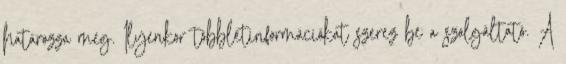
határozza meg. Ilyenkor többletinformációkat szerez be a szolgáltató. A